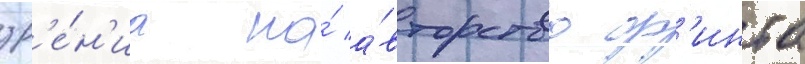
зр'е́н'иа на́ а́вторство ф'инта